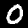
Digit: 0